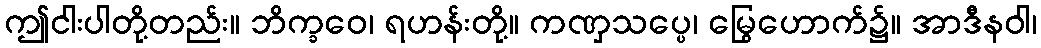
ဤငါးပါတို့တည်း။ ဘိက္ခဝေ၊ ရဟန်းတို့။ ကဏှသပ္ပေ၊ မြွေဟောက်၌။ အာဒီနဝါ၊